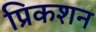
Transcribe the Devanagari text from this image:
प्रिकशन